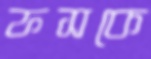
ফসকে